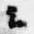
云